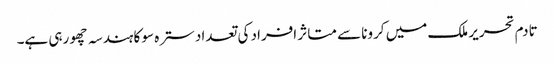
تادم تحریر ملک میں کرونا سے متاثر افراد کی تعداد سترہ سو کا ہندسہ چھو رہی ہے۔